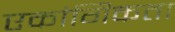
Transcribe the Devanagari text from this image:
एकांगिकता